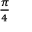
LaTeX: \scriptstyle { \frac { \pi } { 4 } }